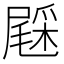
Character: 𨤔